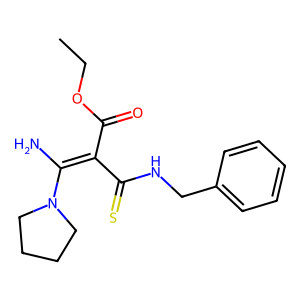
SMILES: CCOC(=O)C(C(=S)NCc1ccccc1)=C(N)N1CCCC1
Inhibits HIV replication: No